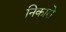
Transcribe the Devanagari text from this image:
निकारो